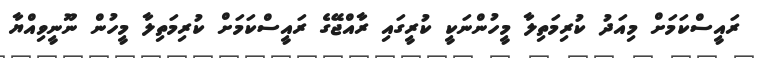
ރައީސްކަމަށް މިއަދު ކުރިމަތިލާ މީހުންނަކީ ކުރީގައި ރާއްޖޭގެ ރައީސްކަމަށް ކުރިމަތިލާ މީހުން ނޫނީވިއްޔާ